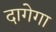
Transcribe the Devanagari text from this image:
दागेगा